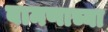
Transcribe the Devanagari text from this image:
बामणाच्या